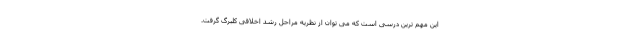
این مهم ترین درسی است که می توان از نظریه مراحل رشد اخلاقی کلبرگ گرفت.